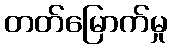
တတ်မြောက်မှု